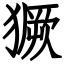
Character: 獗